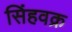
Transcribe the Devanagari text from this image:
सिंहवक्र